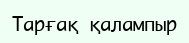
Тарғақ қалампыр